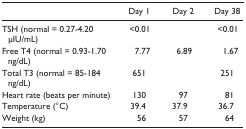
|  | Day 1 | Day 2 | Day 38 |
 | --- | --- | --- | --- |
 | TSH (normal = 0.27-4.20 μIU/mL) | <0.01 |  | <0.01 |
 | Free T4 (normal = 0.93-1.70 ng/dL) | 7.77 | 6.89 | 1.67 |
 | Total T3 (normal = 85-184 ng/dL) | 651 |  | 251 |
 | Heart rate (beats per minute) | 130 | 97 | 81 |
 | Temperature (°C) | 39.4 | 37.9 | 36.7 |
 | Weight (kg) | 56 | 57 | 64 |